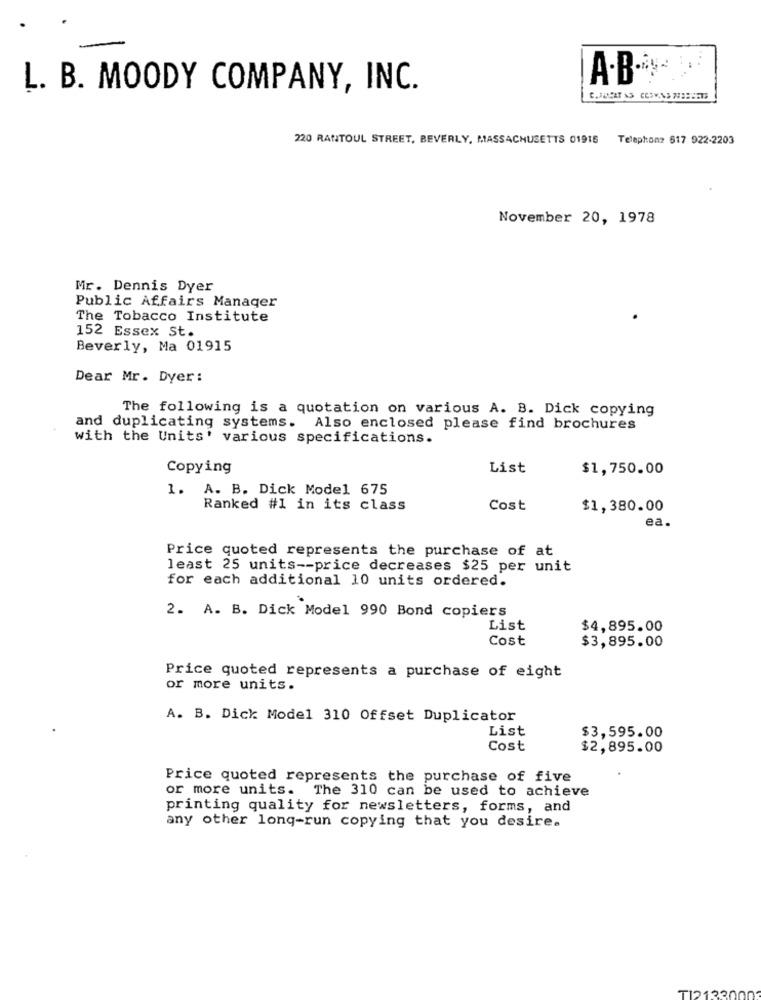
L. B. MOODY COMPANY, INC.
220 RANTOUL STREET, BEVERLY, MASSACHUSETTS 01916 Telephone 617 922-2203
November 20, 1978
Mr. Dennis Dyer
Public Affairs Manager
The Tobacco Institute
152 Essex St.
Beverly, Ma 01915
Dear Mr. Dyer:
The following is a quotation on various A. B. Dick copying
and duplicating systems. Also enclosed please find brochures
with the Units' various specifications.
Copying
List
$1,750.00
1. A. B. Dick Model 675
Ranked #1 in its class
Cost
$1,380.00
ea.
Price quoted represents the purchase of at
least 25 units -- price decreases $25 per unit
for each additional 10 units ordered.
2. A. B. Dick Model 990 Bond copiers
List
$4,895.00
Cost
$3,895.00
Price quoted represents a purchase of eight
or more units.
A. B. Dick Model 310 Offset Duplicator
List
$3,595.00
Cost
$2,895.00
Price quoted represents the purchase of five
or more units. The 310 can be used to achieve
printing quality for newsletters, forms, and
any other long-run copying that you desire.
T12133001